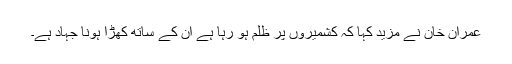
عمران خان نے مزید کہا کہ کشمیروں پر ظلم ہو رہا ہے ان کے ساتھ کھڑا ہونا جہاد ہے۔